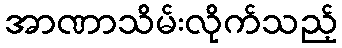
အာဏာသိမ်းလိုက်သည့်